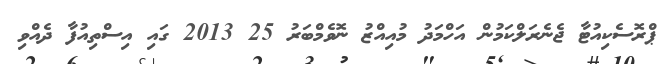
ޕްރޮސެކިއުޓާ ޖެނެރަލްކަމުން އަހްމަދު މުއިއްޒު ނޮވެމްބަރު 25 2013 ގައި އިސްތިއުފާ ދެއްވި